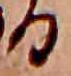
る